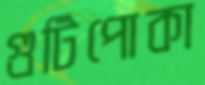
গুটিপোকা